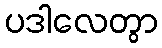
ပဒါလေတွာ